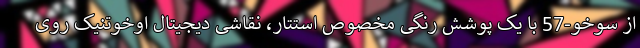
از سوخو-57 با یک پوشش رنگی مخصوص استتار، نقاشی دیجیتال اوخوتنیک روی